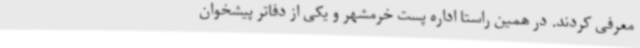
معرفی کردند. در همین راستا اداره پست خرمشهر و یکی از دفاتر پیشخوان